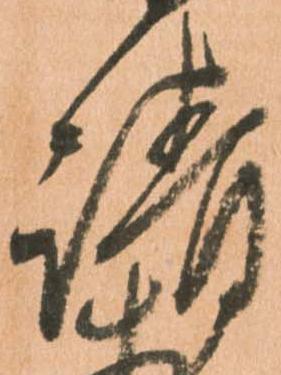
請